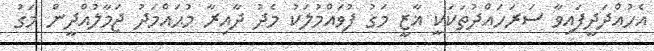
އެހުއްދަދީފައިވާ ސަރަހައްދުތަކަކީ ޣާޒީ މަގު ފުވައްމުލަކު މެދު ދާއިރާ މުޙައްމަދު ޖަމާލުއްދީން މަގު